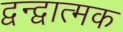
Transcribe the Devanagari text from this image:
द्वन्द्वात्मक